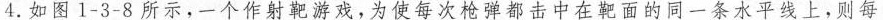
4.如图1-3-8所示，一个作射靶游戏，为使每次枪弹都击中在靶面的同一条水平线上，则每